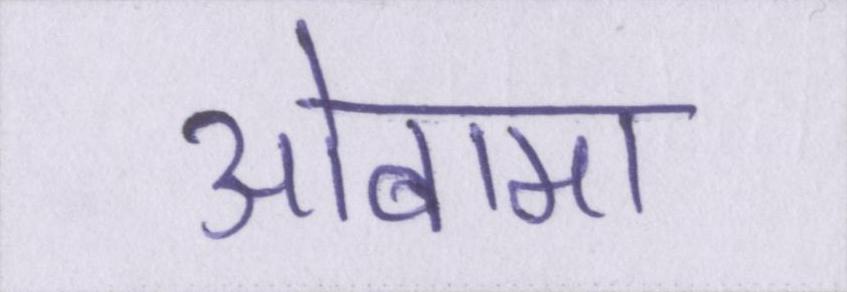
ओबामा